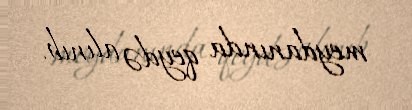
meydanında qeydə alınıb.